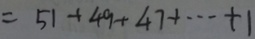
= 5 1 + 4 9 + 4 7 + \cdots + 1